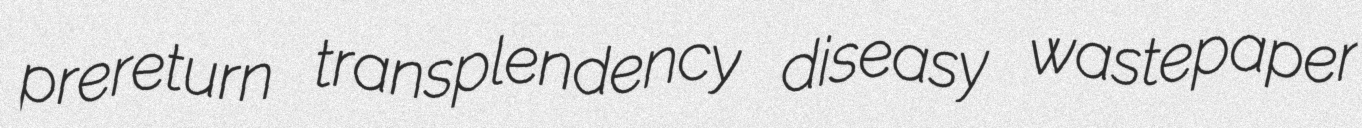
prereturn transplendency diseasy wastepaper